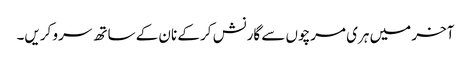
آخر میں ہری مرچوں سے گارنش کر کے نان کے ساتھ سرو کریں۔